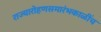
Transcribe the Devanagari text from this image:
राज्यारोहणसमारंभकाळींच